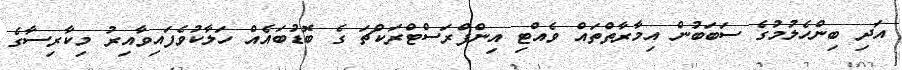
އަދި ބިންހެލުމުގެ ސަބަބުން އިމާރާތްތައް ވެއްޓި އިންފްރަސްޓްރަކްޗަ ގެ ބޮޑުބައެއް ހަލާކުވެފައިވާއިރު މިކާރިސާގެ